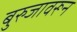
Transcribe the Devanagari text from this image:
बुरुजावरून